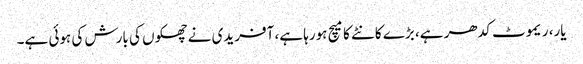
یار، ریموٹ کدھر ہے، بڑے کانٹے کا میچ ہورہا ہے، آفریدی نے چھکوں کی بارش کی ہوئی ہے۔